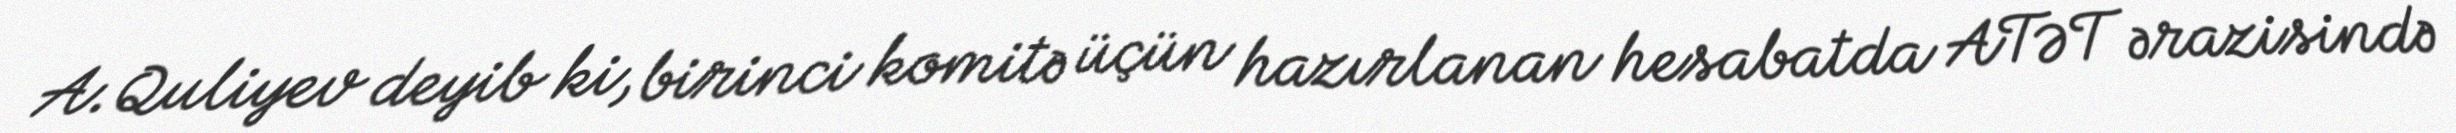
A.Quliyev deyib ki, birinci komitə üçün hazırlanan hesabatda ATƏT ərazisində